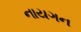
નાયગન